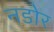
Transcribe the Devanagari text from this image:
नडोर